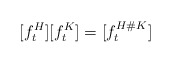
\begin{align*}\lbrack f_{t}^{H}][f_{t}^{K}]=[f_{t}^{H\#K}] \end{align*}